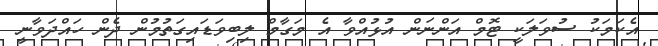
އެކަމަކު ސުވަލަކީ ޓޮމް އަންނަން އުުޅުއްވާ އެ މަގާމް ލިބިވަޑައިގަތުމުން ދެން ހައްދަވާނީ